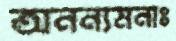
অনন্যমনাঃ